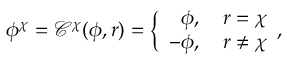
\phi ^ { \chi } = \mathcal { C } ^ { \chi } ( \phi , r ) = \bigg \{ \begin{array} { r } { \phi , \quad r = \chi } \\ { - \phi , \quad r \neq \chi } \end{array} ,